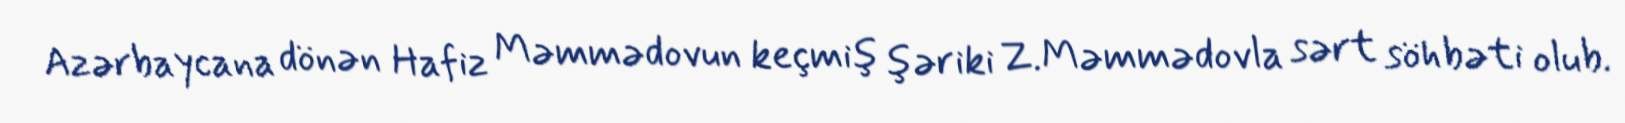
Azərbaycana dönən Hafiz Məmmədovun keçmiş şəriki Z.Məmmədovla sərt söhbəti olub.